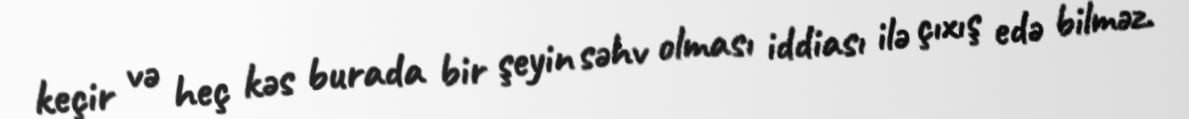
keçir və heç kəs burada bir şeyin səhv olması iddiası ilə çıxış edə bilməz.